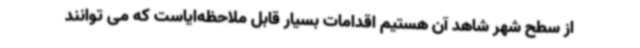
از سطح شهر شاهد آن هستیم اقدامات بسیار قابل ملاحظه‌ایاست که می توانند